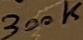
Text: 300K